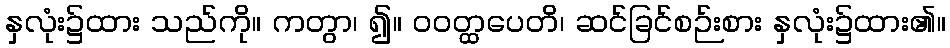
နှလုံး၌ထား သည်ကို။ ကတွာ၊ ၍။ ဝဝတ္ထပေတိ၊ ဆင်ခြင်စဉ်းစား နှလုံး၌ထား၏။